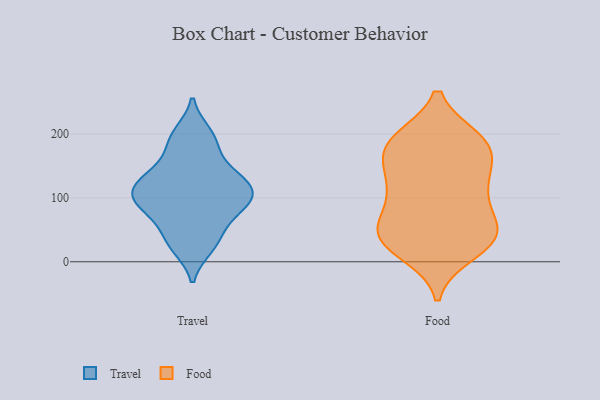
{"axis": {"x": "Headcount", "y": "Value"}, "legend": ["Food", "Travel"], "data": [{"x": "", "y": 183, "type": "Travel"}, {"x": "", "y": 194, "type": "Travel"}, {"x": "", "y": 99, "type": "Travel"}, {"x": "", "y": 119, "type": "Travel"}, {"x": "", "y": 104, "type": "Travel"}, {"x": "", "y": 115, "type": "Travel"}, {"x": "", "y": 24, "type": "Travel"}, {"x": "", "y": 78, "type": "Travel"}, {"x": "", "y": 34, "type": "Travel"}, {"x": "", "y": 31, "type": "Travel"}, {"x": "", "y": 68, "type": "Travel"}, {"x": "", "y": 115, "type": "Travel"}, {"x": "", "y": 88, "type": "Travel"}, {"x": "", "y": 200, "type": "Travel"}, {"x": "", "y": 92, "type": "Travel"}, {"x": "", "y": 128, "type": "Travel"}, {"x": "", "y": 147, "type": "Travel"}, {"x": "", "y": 141, "type": "Travel"}, {"x": "", "y": 132, "type": "Food"}, {"x": "", "y": 191, "type": "Food"}, {"x": "", "y": 50, "type": "Food"}, {"x": "", "y": 187, "type": "Food"}, {"x": "", "y": 42, "type": "Food"}, {"x": "", "y": 104, "type": "Food"}, {"x": "", "y": 46, "type": "Food"}, {"x": "", "y": 62, "type": "Food"}, {"x": "", "y": 173, "type": "Food"}, {"x": "", "y": 15, "type": "Food"}, {"x": "", "y": 183, "type": "Food"}, {"x": "", "y": 100, "type": "Food"}, {"x": "", "y": 38, "type": "Food"}, {"x": "", "y": 35, "type": "Food"}, {"x": "", "y": 28, "type": "Food"}, {"x": "", "y": 115, "type": "Food"}, {"x": "", "y": 171, "type": "Food"}, {"x": "", "y": 137, "type": "Food"}, {"x": "", "y": 191, "type": "Food"}]}